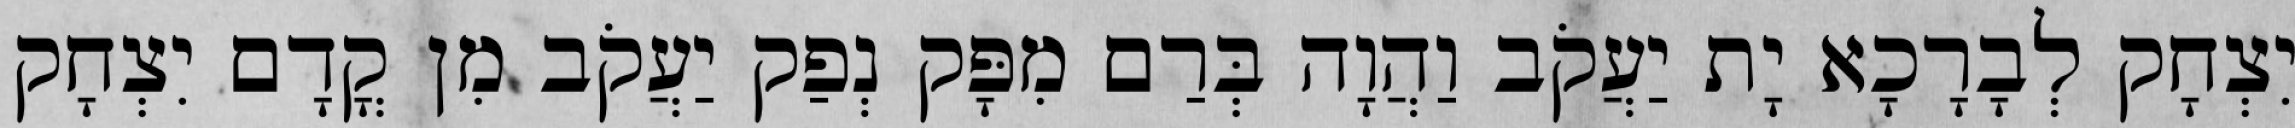
יִצְחָק לְבָרָכָא יָת יַעֲקֹב וַהֲוָה בְּרַם מִפָּק נְפַק יַעֲקֹב מִן קֳדָם יִצְחָק